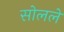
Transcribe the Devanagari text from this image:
सोलले